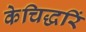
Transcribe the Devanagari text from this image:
केचिद्धरिं